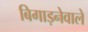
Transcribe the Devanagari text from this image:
बिगाड़नेवाले